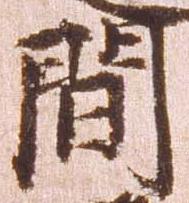
間